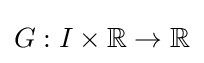
G:I\times \mathbb {R} \to \mathbb {R}